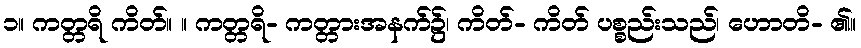
၁။ ကတ္တရိ ကိတ်။ ။ ကတ္တရိ- ကတ္တားအနက်၌၊ ကိတ်- ကိတ် ပစ္စည်းသည်၊ ဟောတိ- ၏။